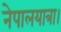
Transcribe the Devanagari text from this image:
नेपालयात्रा।